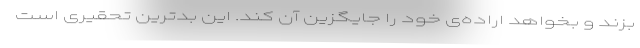
بزند و بخواهد اراده‌ی خود را جایگزین آن کند. این بدترین تحقیری است